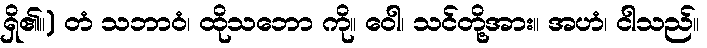
ရှိ၏။) တံ သဘာဝံ၊ ထိုသဘော ကို။ ဝေါ၊ သင်တို့အား။ အဟံ၊ ငါသည်။